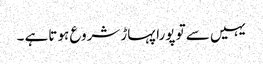
یہیں سے تو پورا پہاڑ شروع ہو تاہے ۔